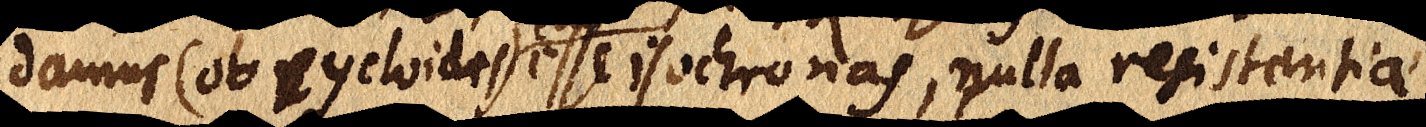
damus (ob cycloides) esse isochronas, nulla resistentiae